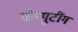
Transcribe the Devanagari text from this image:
कंप्युटींग